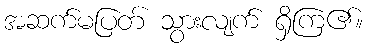
အဆက်မပြတ် သွားလျက် ရှိကြ၏။